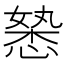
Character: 𭞉